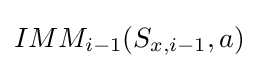
IMM_{i-1}(S_{x,{i-1}},a)